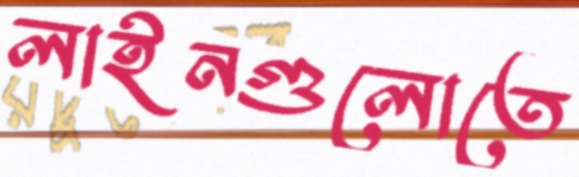
লাইনগুলোতে